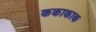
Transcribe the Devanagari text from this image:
ककाकाक